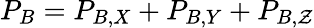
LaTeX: P_{B}=P_{B,X}+P_{B,Y}+P_{B,\mathcal{Z}}